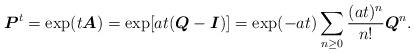
LaTeX: \begin{align*}\boldsymbol{P}^t=\exp(t{\boldsymbol A})=\exp[a t({\boldsymbol Q}-{\boldsymbol I})]=\exp(-a t)\sum_{n\geq 0}\frac{(a t)^n}{n!}{\boldsymbol Q}^n.\end{align*}